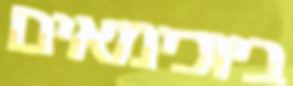
ביוכימאים